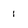
Character: 1